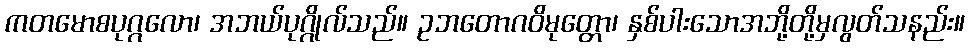
ကတမောစပုဂ္ဂလော၊ အဘယ်ပုဂ္ဂိုလ်သည်။ ဥဘတောဂဝိမုတ္တော၊ နှစ်ပါးသောအဘို့တို့မှလွတ်သနည်း။